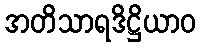
အတိသာရဒိဋ္ဌိယာဝ